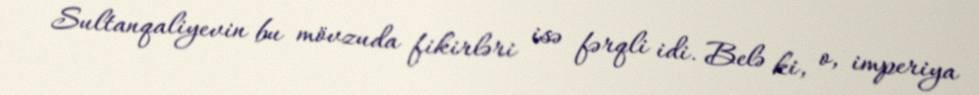
Sultanqaliyevin bu mövzuda fikirləri isə fərqli idi. Belə ki, o, imperiya